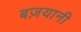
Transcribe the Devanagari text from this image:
बज़यानी